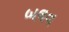
બલવ